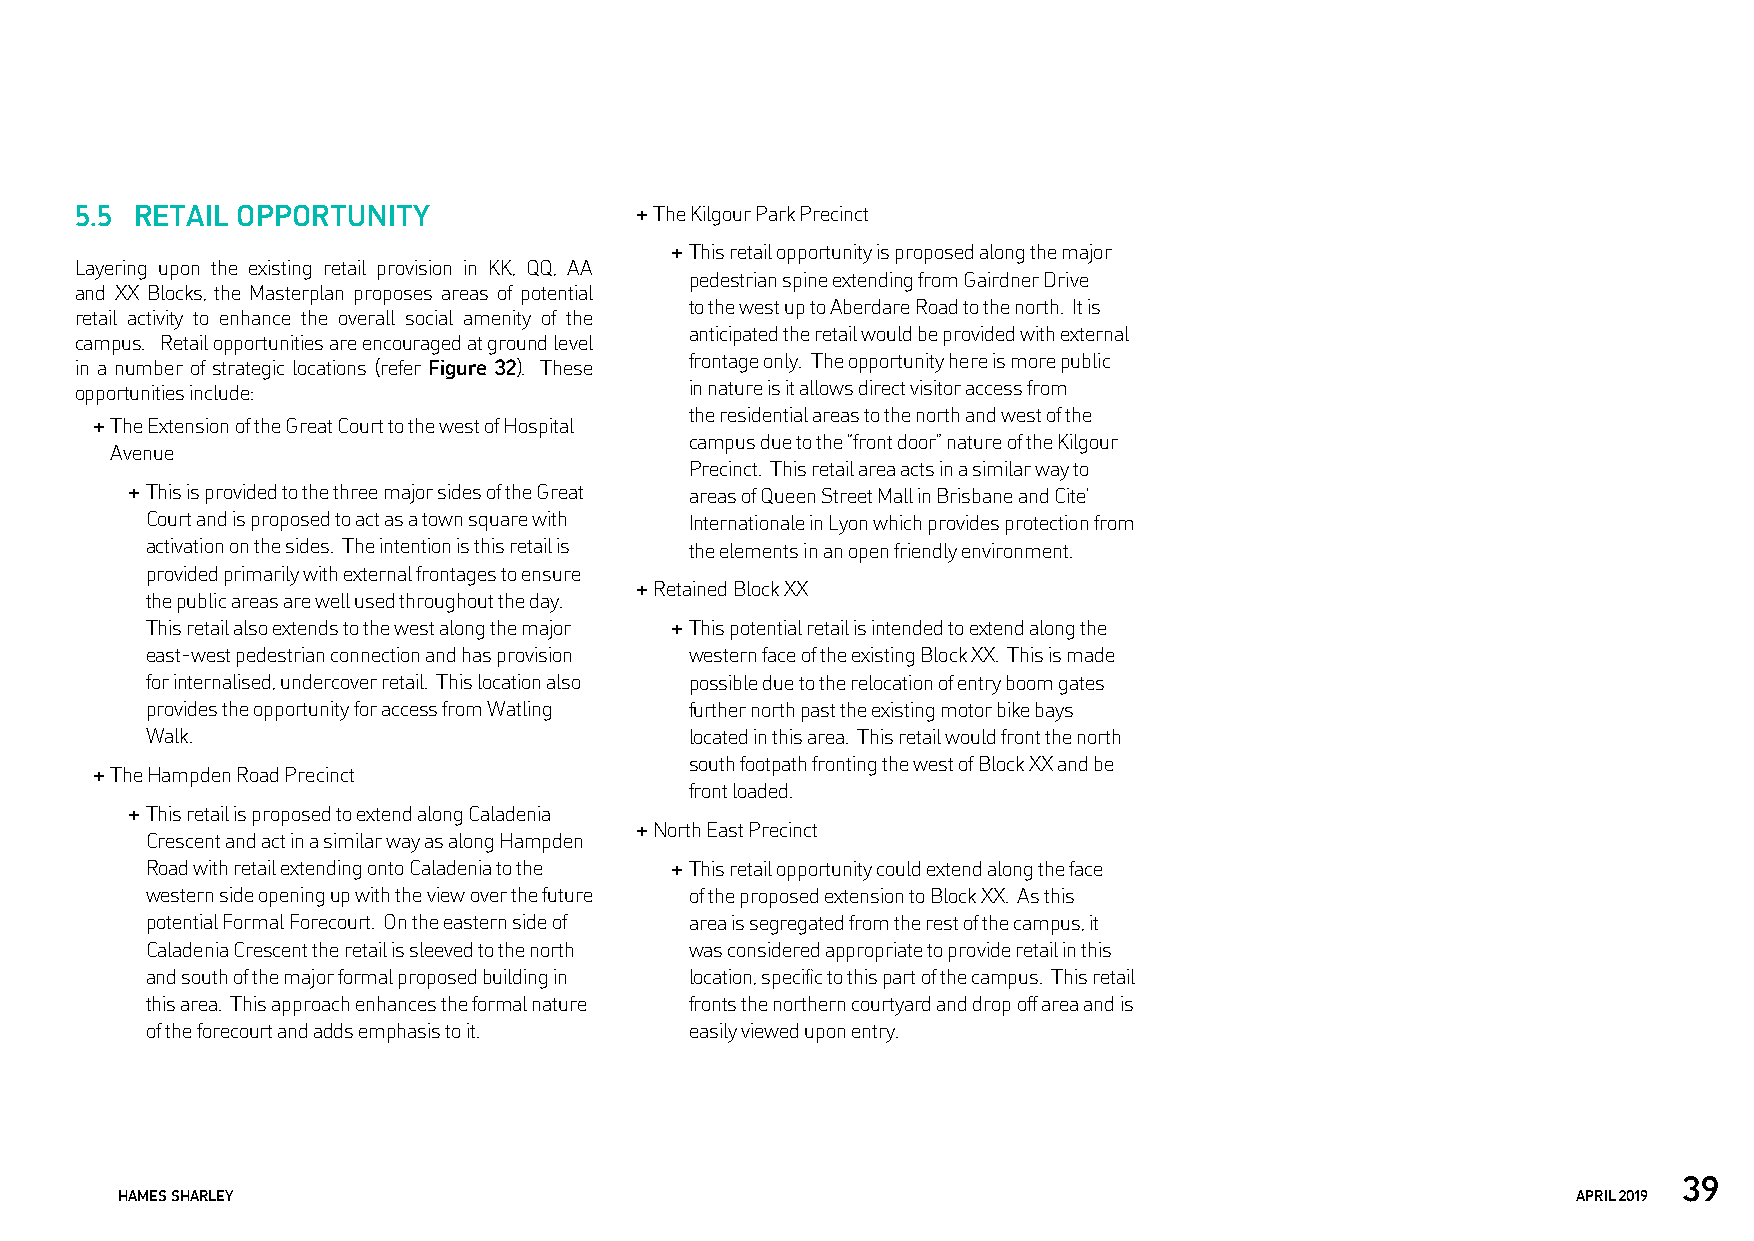
5.5 RETAIL OPPORTUNITY               + The Kilgour Park Precinct
 + This retail opportunity is proposed along the major
 Layering upon the existing retail provision in KK, QQ, AA
 pedestrian spine extending from Gairdner Drive
 and XX Blocks, the Masterplan proposes areas of potential
 to the west up to Aberdare Road to the north. It is
 retail activity to enhance the overall social amenity of the
 anticipated the retail would be provided with external
 campus. Retail opportunities are encouraged at ground level
 frontage only. The opportunity here is more public
 in a number of strategic locations (refer Figure 32). These
 opportunities include:                   in nature is it allows direct visitor access from
 the residential areas to the north and west of the
 + The Extension of the Great Court to the west of Hospital
 campus due to the “front door” nature of the Kilgour
 Avenue
 Precinct. This retail area acts in a similar way to
 + This is provided to the three major sides of the Great areas of Queen Street Mall in Brisbane and Cite’
 Court and is proposed to act as a town square with Internationale in Lyon which provides protection from
 activation on the sides. The intention is this retail is the elements in an open friendly environment.
 provided primarily with external frontages to ensure
 + Retained Block XX
 the public areas are well used throughout the day.
 This retail also extends to the west along the major + This potential retail is intended to extend along the
 east-west pedestrian connection and has provision western face of the existing Block XX. This is made
 for internalised, undercover retail. This location also possible due to the relocation of entry boom gates
 provides the opportunity for access from Watling further north past the existing motor bike bays
 Walk.                               located in this area. This retail would front the north
 south footpath fronting the west of Block XX and be
 + The Hampden Road Precinct
 front loaded.
 + This retail is proposed to extend along Caladenia
 + North East Precinct
 Crescent and act in a similar way as along Hampden
 Road with retail extending onto Caladenia to the + This retail opportunity could extend along the face
 western side opening up with the view over the future of the proposed extension to Block XX. As this
 potential Formal Forecourt. On the eastern side of area is segregated from the rest of the campus, it
 Caladenia Crescent the retail is sleeved to the north was considered appropriate to provide retail in this
 and south of the major formal proposed building in location, specific to this part of the campus. This retail
 this area. This approach enhances the formal nature fronts the northern courtyard and drop off area and is
 of the forecourt and adds emphasis to it. easily viewed upon entry.
 39
 HAMES SHARLEY                                                                                   APRIL 2019